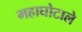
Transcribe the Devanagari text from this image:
महाघोटाले